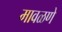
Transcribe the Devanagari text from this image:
मावळणे